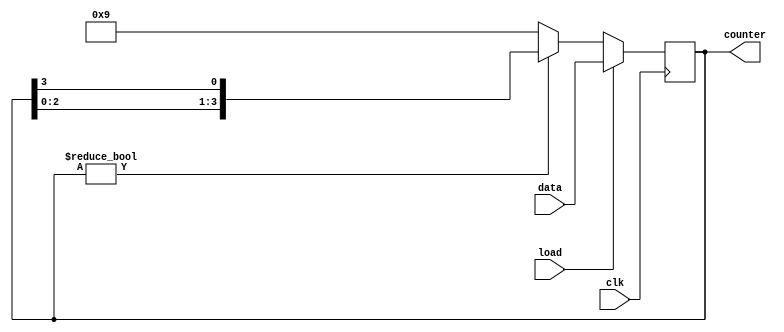
module loadable_ring_counter #(parameter N = 4) (
    input wire clk,            // Clock signal
    input wire load,          // Load signal
    input wire [N-1:0] data,  // Data input
    output reg [N-1:0] counter // Counter output
);

// Initialize the counter
initial begin
    counter = {N{1'b0}}; // Set all bits to 0 at start
end

// Asynchronous reset (optional)
// You can uncomment the following lines if a reset functionality is desired
// input wire reset;

// Always block triggered by the clock signal
always @(posedge clk) begin
    if (load) begin
        // Load the specified value into the counter
        counter <= data;
    end else begin
        // Perform circular shift for the ring counter
        if (counter != 0) begin
            counter <= {counter[N-2:0], counter[N-1]}; // Shift right
        end else begin
            counter <= {N-1'b0, 1'b1}; // If counter is 0, reset to initial state
        end
    end
end

endmodule